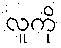
လူကို